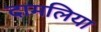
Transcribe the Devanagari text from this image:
दामलिया